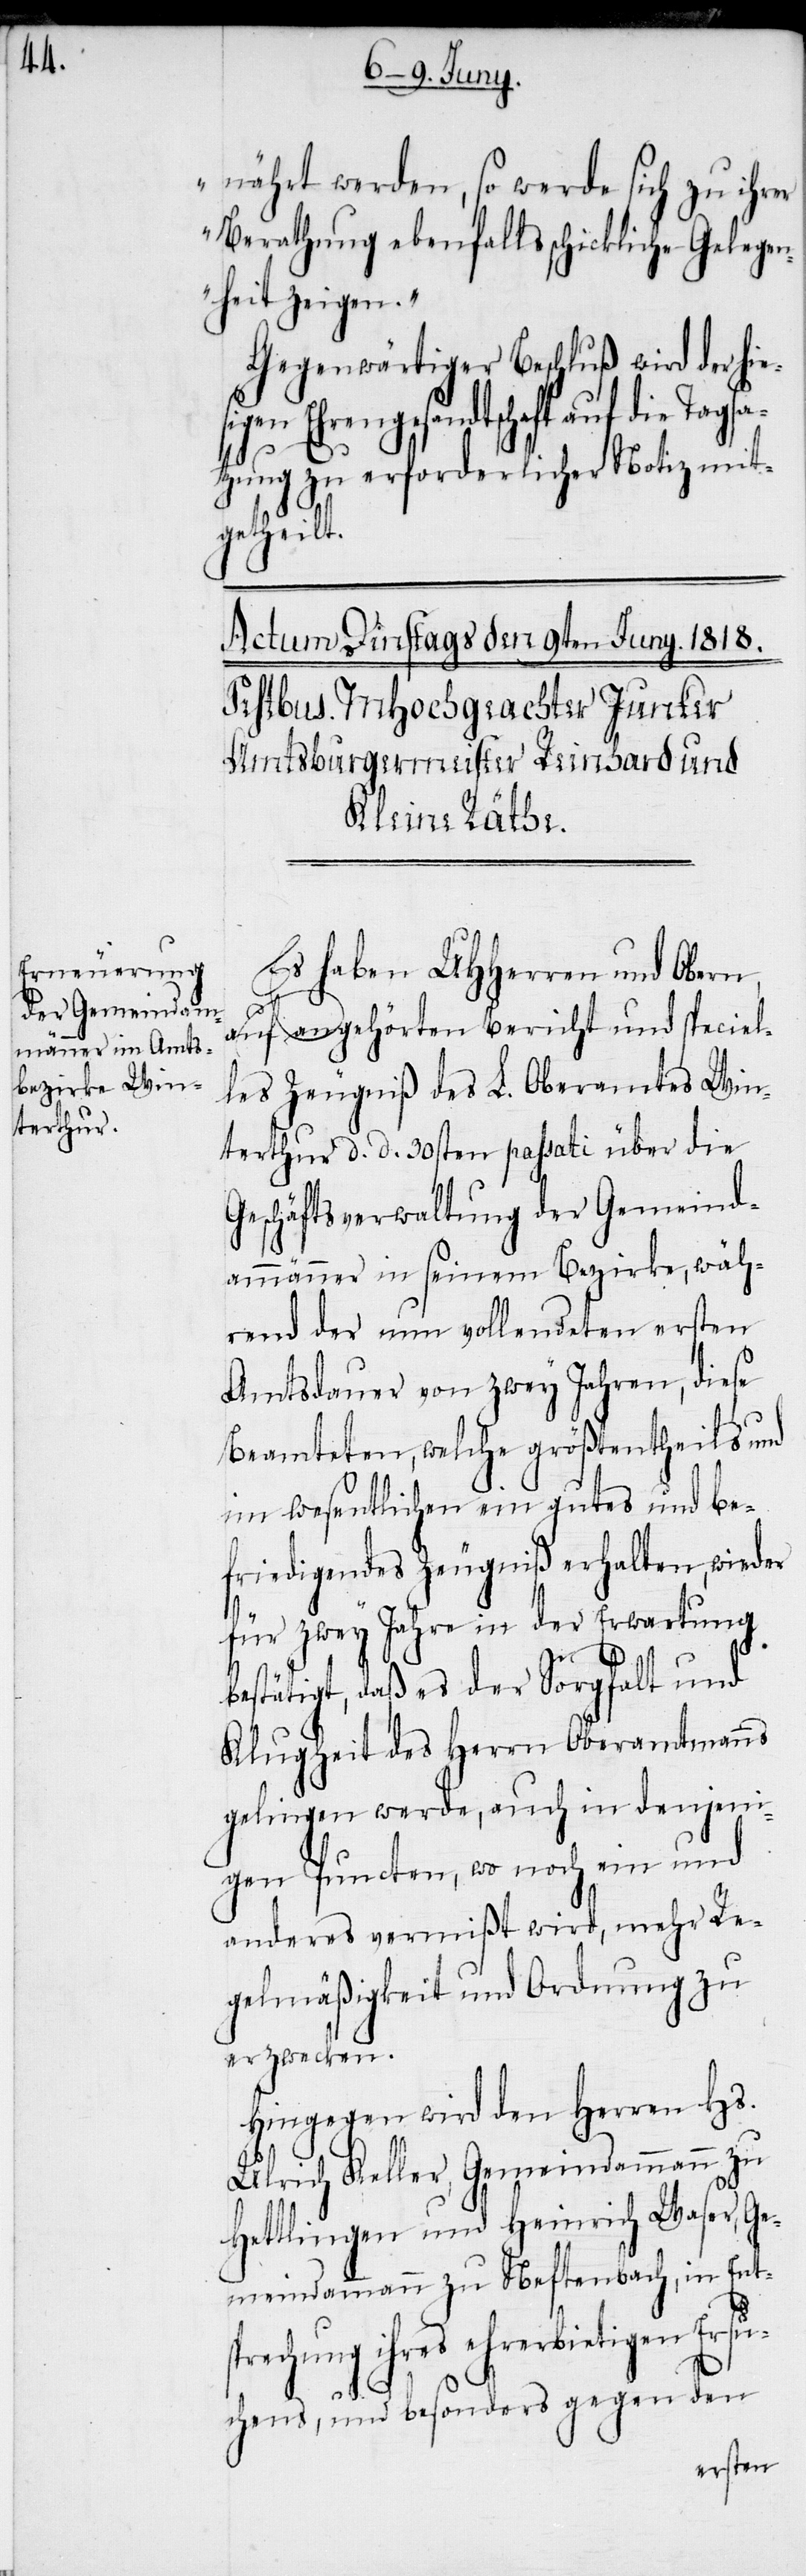
sat¬

nährt werden, so werde sich zu ihrer
Berathung ebenfalls schickliche Gelegen¬
heit zeigen.“
Gegenwärtiger Beschluß wird der hie¬
en Ehrengesandtschaft auf die Tag¬
zung zu erforderlicher Notiz mit¬
getheilt.
Es haben UHHerren und Obern,
auf angehörten Bericht und speciel¬
les Zeugniß des L. Oberamtes Win¬
terthur d. d. 30sten passati über die
Geschäftsverwaltung der Gemeind¬
ammänner in seinem Bezirke, wäh¬
rend der nun vollendeten ersten
Amtsdauer von zwey Jahren, diese
Beamteten, welche größtentheils und
im wesentlichen ein gutes und be¬
friedigendes Zeugniß erhalten, wieder
für zwey Jahre in der Erwartung
bestätigt, daß es der Sorgfalt und
Klugheit des Herrn Oberamtmanns
gelingen werde, auch in denjeni¬
gen Puncten, wo noch ein und
anderes vermißt wird, mehr Re¬
gelmäßigkeit und Ordnung zu
erzwecken.
Hingegen wird den Herren Hs.
Ulrich Keller, Gemeindammann zu
Hettlingen und Heinrich Waser, Ge¬
meindammann zu Neftenbach, in Ents¬
prechung ihres ehrerbietigen Ersu¬
chens, und besonders gegen den